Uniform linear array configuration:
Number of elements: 12
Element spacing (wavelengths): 0.25
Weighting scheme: hamming
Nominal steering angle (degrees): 30
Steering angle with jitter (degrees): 28.112
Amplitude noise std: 0.05
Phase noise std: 0.05

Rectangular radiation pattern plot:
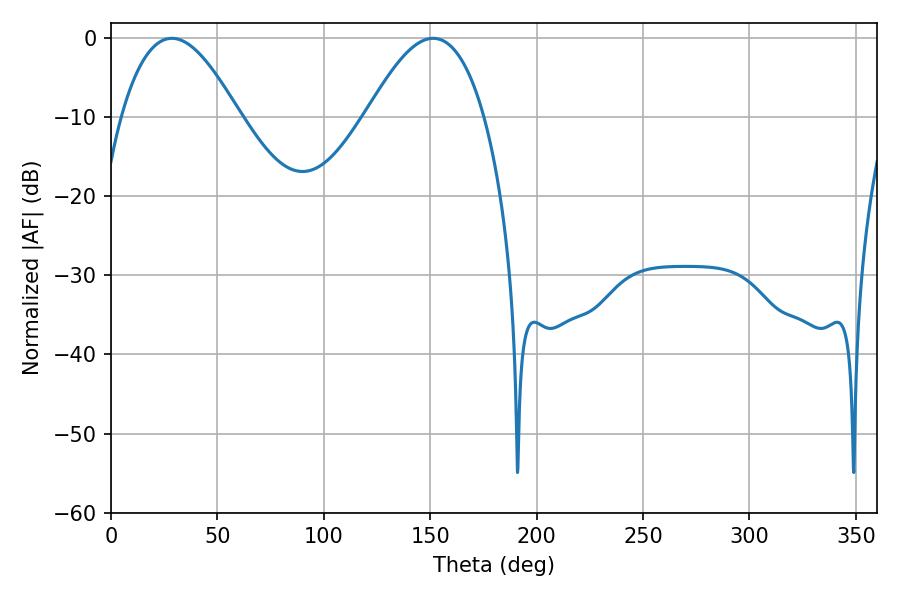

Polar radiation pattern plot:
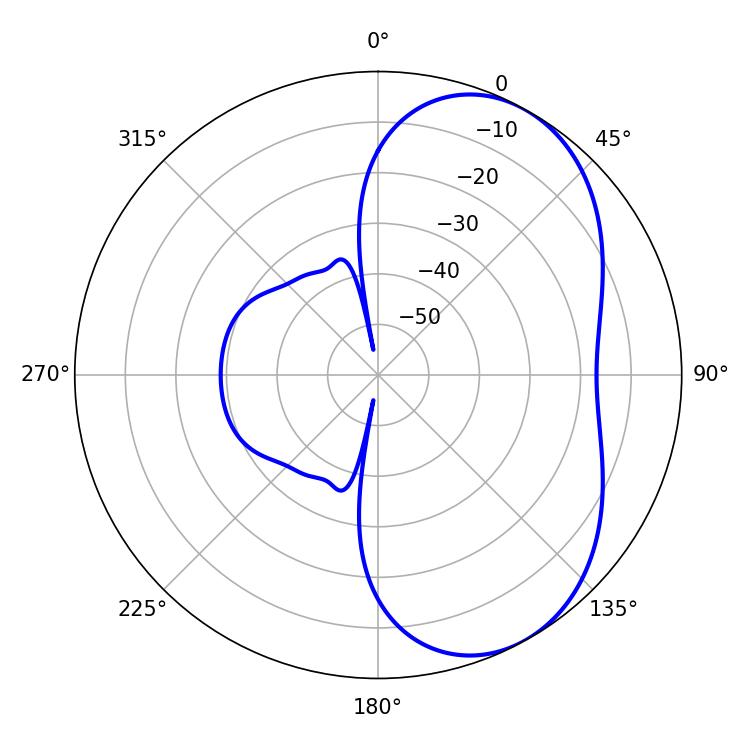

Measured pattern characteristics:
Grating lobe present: FALSE
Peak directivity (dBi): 5.266
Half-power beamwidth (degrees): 30.24
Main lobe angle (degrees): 28.62